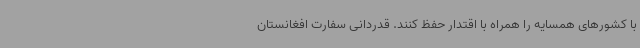
با کشورهای همسایه را همراه با اقتدار حفظ کنند. قدردانی سفارت افغانستان